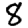
Digit: 8